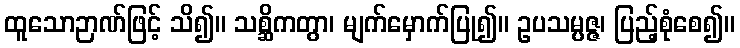
ထူသောဉာဏ်ဖြင့် သိ၍။ သစ္ဆိကတွာ၊ မျက်မှောက်ပြု၍။ ဥပသမ္ပဇ္ဇ၊ ပြည့်စုံစေ၍။